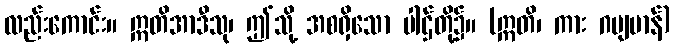
လည်းကောင်း။ ဣတိအာဒီသု၊ ဤသို့ အစရှိသော ပါဌ်တို့၌။ (ဣတိ၊ ကား ဂမျမာန်)